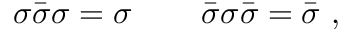
\sigma \bar { \sigma } \sigma = \sigma \, \qquad \bar { \sigma } \sigma \bar { \sigma } = \bar { \sigma } \, \, ,